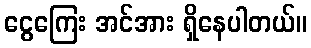
ငွေကြေး အင်အား ရှိနေပါတယ်။